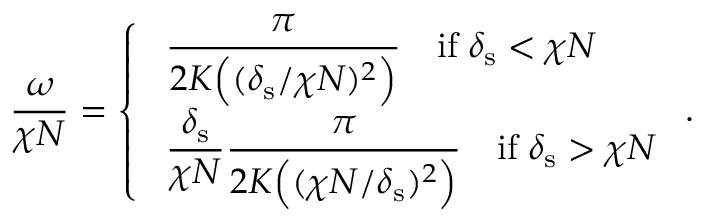
\frac { \omega } { \chi N } = \left\{ \begin{array} { l l } { \displaystyle \; \frac { \pi } { 2 K \Big ( ( \delta _ { \mathrm { s } } / \chi N ) ^ { 2 } \Big ) } \quad \mathrm { i f } \; \delta _ { \mathrm { s } } < \chi N } \\ { \displaystyle \; \frac { \delta _ { \mathrm { s } } } { \chi N } \frac { \pi } { 2 K \Big ( ( \chi N / \delta _ { \mathrm { s } } ) ^ { 2 } \Big ) } \quad \mathrm { i f } \; \delta _ { \mathrm { s } } > \chi N } \end{array} \right. .